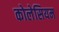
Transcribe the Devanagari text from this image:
कोलेसियम